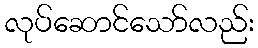
လုပ်ဆောင်သော်လည်း